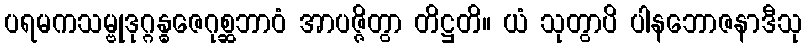
ပရမကသမ္ဗုဒုဂ္ဂန္ဓဇေဂုစ္ဆဘာဝံ အာပဇ္ဇိတွာ တိဋ္ဌတိ။ ယံ သုတွာပိ ပါနဘောဇနာဒီသု